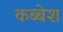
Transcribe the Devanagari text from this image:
कब्बेश